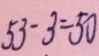
5 3 - 3 = 5 0